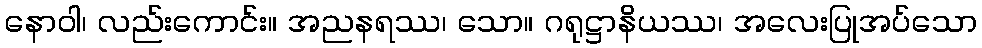
နောဝါ၊ လည်းကောင်း။ အညနရဿ၊ သော။ ဂရုဋ္ဌာနိယဿ၊ အလေးပြုအပ်သော